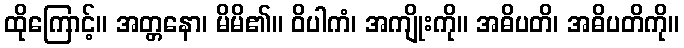
ထိုကြောင့်။ အတ္တနော၊ မိမိ၏။ ဝိပါကံ၊ အကျိုးကို။ အဓိပတိ၊ အဓိပတိကို။